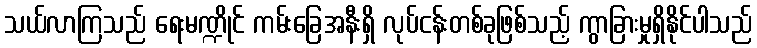
သယ်လာကြသည် ရေးမဏ္ဍိုင် ကမ်းခြေအနီးရှိ လုပ်ငန်းတစ်ခုဖြစ်သည့် ကွာခြားမှုရှိနိုင်ပါသည်